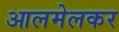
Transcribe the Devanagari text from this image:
आलमेलकर